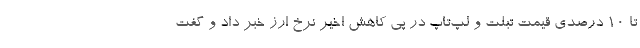
تا ۱۰ درصدی قیمت تبلت و لپ‌تاپ در پی کاهش اخیر نرخ ارز خبر داد و گفت